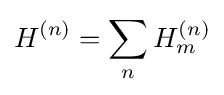
H^{(n)}=\sum _{n}H_{m}^{(n)}